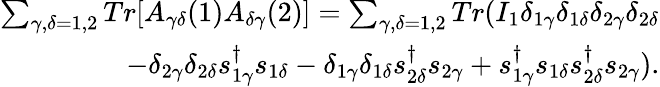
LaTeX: \begin{array}{r}{{\sum_{\gamma,\delta=1,2}Tr[A_{\gamma\delta}(1)A_{\delta\gamma}(2)]=\sum_{\gamma,\delta=1,2}Tr(I_{1}\delta_{1\gamma}\delta_{1\delta}\delta_{2\gamma}\delta_{2\delta}}}\\ {{-\delta_{2\gamma}\delta_{2\delta}s_{1\gamma}^{\dagger}s_{1\delta}-\delta_{1\gamma}\delta_{1\delta}s_{2\delta}^{\dagger}s_{2\gamma}+s_{1\gamma}^{\dagger}s_{1\delta}s_{2\delta}^{\dagger}s_{2\gamma})}.}\end{array}